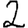
Digit: 2